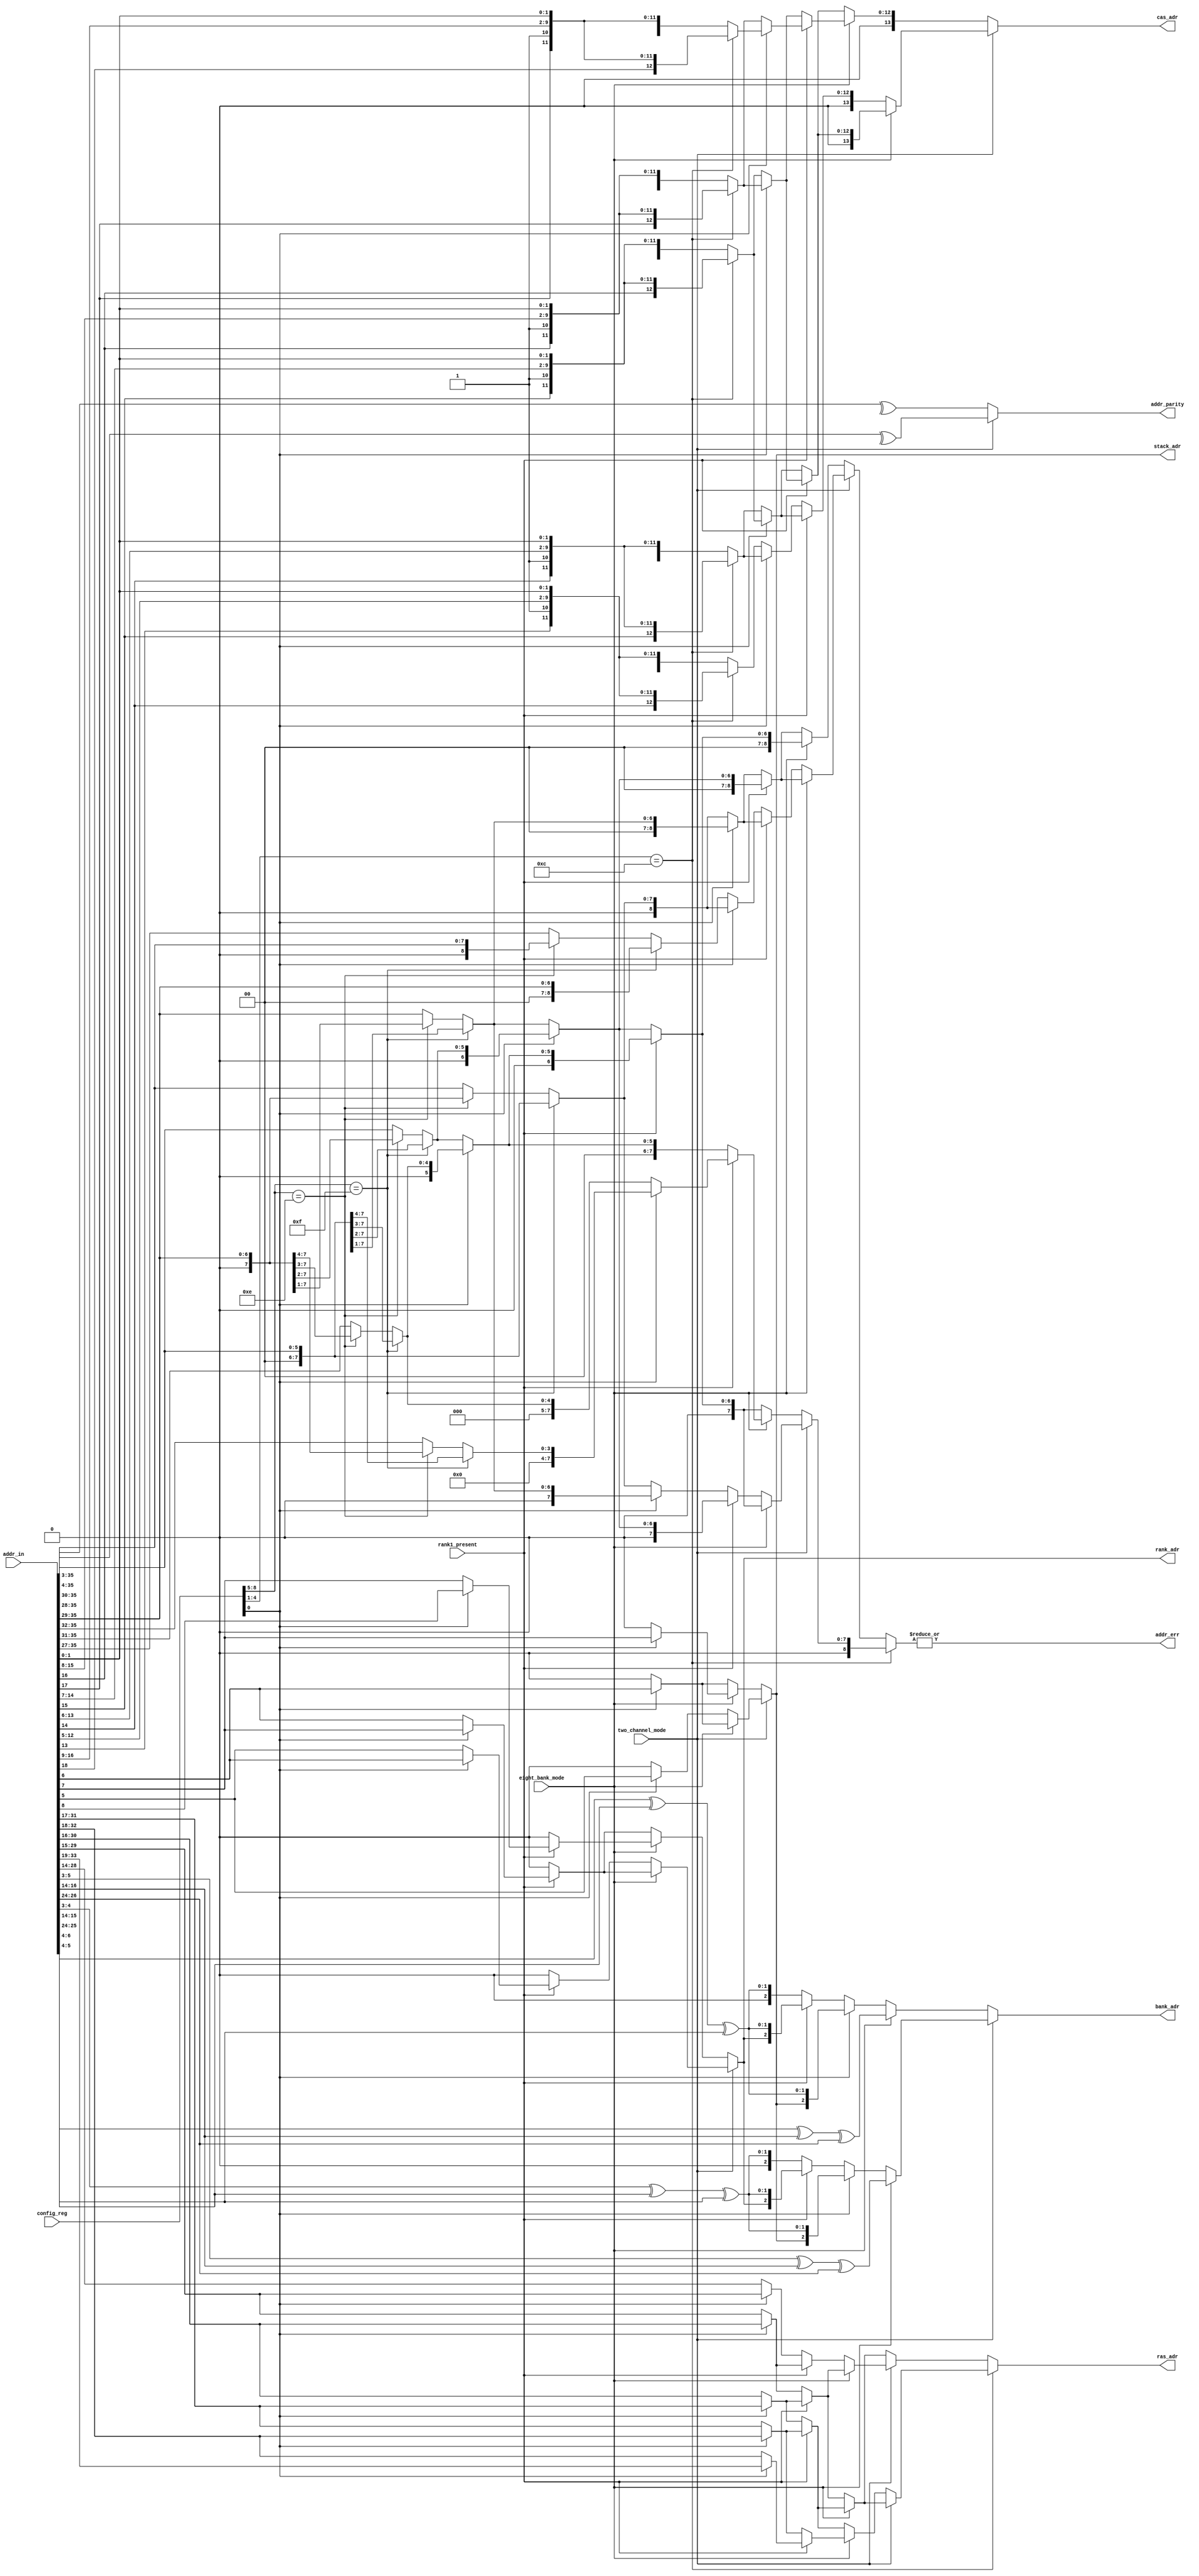
// ========== Copyright Header Begin ==========================================
// 
// OpenSPARC T1 Processor File: dram_addr_gen_lo.v
// Copyright (c) 2006 Sun Microsystems, Inc.  All Rights Reserved.
// DO NOT ALTER OR REMOVE COPYRIGHT NOTICES.
// 
// The above named program is free software; you can redistribute it and/or
// modify it under the terms of the GNU General Public
// License version 2 as published by the Free Software Foundation.
// 
// The above named program is distributed in the hope that it will be 
// useful, but WITHOUT ANY WARRANTY; without even the implied warranty of
// MERCHANTABILITY or FITNESS FOR A PARTICULAR PURPOSE.  See the GNU
// General Public License for more details.
// 
// You should have received a copy of the GNU General Public
// License along with this work; if not, write to the Free Software
// Foundation, Inc., 51 Franklin St, Fifth Floor, Boston, MA 02110-1301, USA.
// 
// ========== Copyright Header End ============================================
module dram_addr_gen_lo(/*AUTOARG*/
   // Outputs
   addr_err, rank_adr, stack_adr, bank_adr, ras_adr, cas_adr, addr_parity,
   // Inputs
   addr_in, config_reg, rank1_present, two_channel_mode, eight_bank_mode
   );

input [39:4]	addr_in;
input [8:0]	config_reg;
input		rank1_present;
input		eight_bank_mode;
input		two_channel_mode;

output		addr_parity;
output		addr_err;
output		rank_adr;
output		stack_adr;
output [2:0]	bank_adr;
output [14:0]	ras_adr;
output [13:0]	cas_adr;

//////////////////////////////////////////////////////////////////
// WIRE
//////////////////////////////////////////////////////////////////
wire [14:0]	ras_adr_cas12;
wire [14:0]	ras_adr_cas11;

//////////////////////////////////////////////////////////////////
// Mux the RAS address 
//////////////////////////////////////////////////////////////////
				
assign ras_adr_cas12[14:0] = two_channel_mode ? (
	eight_bank_mode ? (
		rank1_present ? (config_reg[0] ? addr_in[36:22] : addr_in[35:21]) : 
				(config_reg[0] ? addr_in[35:21] : addr_in[34:20])) :
	(rank1_present ? (config_reg[0] ? addr_in[35:21] : addr_in[34:20]) : 
				(config_reg[0] ? addr_in[34:20] : addr_in[33:19])) ) :
	(eight_bank_mode ? (
	rank1_present ? (config_reg[0] ? addr_in[37:23] : addr_in[36:22]) : 
				(config_reg[0] ? addr_in[36:22] : addr_in[35:21])) :
	rank1_present ? (config_reg[0] ? addr_in[36:22] : addr_in[35:21]) : 
				(config_reg[0] ? addr_in[35:21] : addr_in[34:20]));

assign ras_adr_cas11[14:0] = two_channel_mode ? (
	eight_bank_mode ? (
		rank1_present ? (config_reg[0] ? addr_in[35:21] : addr_in[34:20]) : 
				(config_reg[0] ? addr_in[34:20] : addr_in[33:19])) :
	(rank1_present ? (config_reg[0] ? addr_in[34:20] : addr_in[33:19]) : 
				(config_reg[0] ? addr_in[33:19] : addr_in[32:18])) ) :
	(eight_bank_mode ? (
	rank1_present ? (config_reg[0] ? addr_in[36:22] : addr_in[35:21]) : 
				(config_reg[0] ? addr_in[35:21] : addr_in[34:20])) :
	rank1_present ? (config_reg[0] ? addr_in[35:21] : addr_in[34:20]) : 
				(config_reg[0] ? addr_in[34:20] : addr_in[33:19]));

assign ras_adr[14:0] = (config_reg[4:1] == 4'hc) ? ras_adr_cas12[14:0] : ras_adr_cas11[14:0];

wire [7:0] upper_addr_cas12 = two_channel_mode? (
		eight_bank_mode ? (
			rank1_present ? (
				config_reg[0] ? (
					(config_reg[8:5] == 4'hf) ? {5'h0,addr_in[39:37]} :
					(config_reg[8:5] == 4'he) ? {4'h0,addr_in[39:36]} : {3'h0,addr_in[39:35]}) :
				(config_reg[8:5] == 4'hf) ? {4'h0,addr_in[39:36]} :
                                        (config_reg[8:5] == 4'he) ? {3'h0,addr_in[39:35]} : {2'h0,addr_in[39:34]}) :
			(config_reg[0] ? (
				(config_reg[8:5] == 4'hf) ? {4'h0,addr_in[39:36]} :
				(config_reg[8:5] == 4'he) ? {3'h0,addr_in[39:35]} : {2'h0,addr_in[39:34]}) :
			(config_reg[8:5] == 4'hf) ? {3'h0,addr_in[39:35]} :
                               	(config_reg[8:5] == 4'he) ? {2'h0,addr_in[39:34]} : {1'h0,addr_in[39:33]})) :
		(rank1_present ? (
			config_reg[0] ? (
				(config_reg[8:5] == 4'hf) ? {4'h0,addr_in[39:36]} :
				(config_reg[8:5] == 4'he) ? {3'h0,addr_in[39:35]} : {2'h0,addr_in[39:34]}) :
			(config_reg[8:5] == 4'hf) ? {3'h0,addr_in[39:35]} :
                                (config_reg[8:5] == 4'he) ? {2'h0,addr_in[39:34]} : {1'h0,addr_in[39:33]}) :
		(config_reg[0] ? (
			(config_reg[8:5] == 4'hf) ? {3'h0,addr_in[39:35]} :
			(config_reg[8:5] == 4'he) ? {2'h0,addr_in[39:34]} : {1'h0,addr_in[39:33]}) :
		(config_reg[8:5] == 4'hf) ? {2'h0,addr_in[39:34]} :
                       	(config_reg[8:5] == 4'he) ? {1'h0,addr_in[39:33]} : addr_in[39:32]))) :
	eight_bank_mode ? (
		rank1_present ? (
			config_reg[0] ? (
				(config_reg[8:5] == 4'hf) ? {6'h0,addr_in[39:38]} :
				(config_reg[8:5] == 4'he) ? {5'h0,addr_in[39:37]} : {4'h0,addr_in[39:36]}) :
			(config_reg[8:5] == 4'hf) ? {5'h0,addr_in[39:37]} :
                        	(config_reg[8:5] == 4'he) ? {4'h0,addr_in[39:36]} : {3'h0,addr_in[39:35]}) :
		(config_reg[0] ? (
			(config_reg[8:5] == 4'hf) ? {5'h0,addr_in[39:37]} :
			(config_reg[8:5] == 4'he) ? {4'h0,addr_in[39:36]} : {3'h0,addr_in[39:35]}) :
		(config_reg[8:5] == 4'hf) ? {4'h0,addr_in[39:36]} :
               		(config_reg[8:5] == 4'he) ? {3'h0,addr_in[39:35]} : {2'h0,addr_in[39:34]})) :
	(rank1_present ? (
		config_reg[0] ? (
			(config_reg[8:5] == 4'hf) ? {5'h0,addr_in[39:37]} :
			(config_reg[8:5] == 4'he) ? {4'h0,addr_in[39:36]} : {3'h0,addr_in[39:35]}) :
		(config_reg[8:5] == 4'hf) ? {4'h0,addr_in[39:36]} :
                        (config_reg[8:5] == 4'he) ? {3'h0,addr_in[39:35]} : {2'h0,addr_in[39:34]}) :
	(config_reg[0] ? (
		(config_reg[8:5] == 4'hf) ? {4'h0,addr_in[39:36]} :
		(config_reg[8:5] == 4'he) ? {3'h0,addr_in[39:35]} : {2'h0,addr_in[39:34]}) :
	(config_reg[8:5] == 4'hf) ? {3'h0,addr_in[39:35]} :
               	(config_reg[8:5] == 4'he) ? {2'h0,addr_in[39:34]} : {1'h0,addr_in[39:33]})) ;

wire [8:0] upper_addr_cas11 = two_channel_mode? (
		eight_bank_mode ? (
			rank1_present ? (
				config_reg[0] ? (
					(config_reg[8:5] == 4'hf) ? {5'h0,addr_in[39:36]} :
					(config_reg[8:5] == 4'he) ? {4'h0,addr_in[39:35]} : {3'h0,addr_in[39:34]}) :
				(config_reg[8:5] == 4'hf) ? {4'h0,addr_in[39:35]} :
                                        (config_reg[8:5] == 4'he) ? {3'h0,addr_in[39:34]} : {2'h0,addr_in[39:33]}) :
			(config_reg[0] ? (
				(config_reg[8:5] == 4'hf) ? {4'h0,addr_in[39:35]} :
				(config_reg[8:5] == 4'he) ? {3'h0,addr_in[39:34]} : {2'h0,addr_in[39:33]}) :
			(config_reg[8:5] == 4'hf) ? {3'h0,addr_in[39:34]} :
                               	(config_reg[8:5] == 4'he) ? {2'h0,addr_in[39:33]} : {1'h0,addr_in[39:32]})) :
		(rank1_present ? (
			config_reg[0] ? (
				(config_reg[8:5] == 4'hf) ? {4'h0,addr_in[39:35]} :
				(config_reg[8:5] == 4'he) ? {3'h0,addr_in[39:34]} : {2'h0,addr_in[39:33]}) :
			(config_reg[8:5] == 4'hf) ? {3'h0,addr_in[39:34]} :
                                (config_reg[8:5] == 4'he) ? {2'h0,addr_in[39:33]} : {1'h0,addr_in[39:32]}) :
		(config_reg[0] ? (
			(config_reg[8:5] == 4'hf) ? {3'h0,addr_in[39:34]} :
			(config_reg[8:5] == 4'he) ? {2'h0,addr_in[39:33]} : {1'h0,addr_in[39:32]}) :
		(config_reg[8:5] == 4'hf) ? {2'h0,addr_in[39:33]} :
                       	(config_reg[8:5] == 4'he) ? {1'h0,addr_in[39:32]} : addr_in[39:31]))) :
	eight_bank_mode ? (
		rank1_present ? (
			config_reg[0] ? (
				(config_reg[8:5] == 4'hf) ? {6'h0,addr_in[39:37]} :
				(config_reg[8:5] == 4'he) ? {5'h0,addr_in[39:36]} : {4'h0,addr_in[39:35]}) :
			(config_reg[8:5] == 4'hf) ? {5'h0,addr_in[39:36]} :
                        	(config_reg[8:5] == 4'he) ? {4'h0,addr_in[39:35]} : {3'h0,addr_in[39:34]}) :
		(config_reg[0] ? (
			(config_reg[8:5] == 4'hf) ? {5'h0,addr_in[39:36]} :
			(config_reg[8:5] == 4'he) ? {4'h0,addr_in[39:35]} : {3'h0,addr_in[39:34]}) :
		(config_reg[8:5] == 4'hf) ? {4'h0,addr_in[39:35]} :
               		(config_reg[8:5] == 4'he) ? {3'h0,addr_in[39:34]} : {2'h0,addr_in[39:33]})) :
	(rank1_present ? (
		config_reg[0] ? (
			(config_reg[8:5] == 4'hf) ? {5'h0,addr_in[39:36]} :
			(config_reg[8:5] == 4'he) ? {4'h0,addr_in[39:35]} : {3'h0,addr_in[39:34]}) :
		(config_reg[8:5] == 4'hf) ? {4'h0,addr_in[39:35]} :
                        (config_reg[8:5] == 4'he) ? {3'h0,addr_in[39:34]} : {2'h0,addr_in[39:33]}) :
	(config_reg[0] ? (
		(config_reg[8:5] == 4'hf) ? {4'h0,addr_in[39:35]} :
		(config_reg[8:5] == 4'he) ? {3'h0,addr_in[39:34]} : {2'h0,addr_in[39:33]}) :
	(config_reg[8:5] == 4'hf) ? {3'h0,addr_in[39:34]} :
               	(config_reg[8:5] == 4'he) ? {2'h0,addr_in[39:33]} : {1'h0,addr_in[39:32]})) ;

wire [8:0] upper_addr = (config_reg[4:1] == 4'hc) ? {1'b0, upper_addr_cas12} : upper_addr_cas11;

wire addr_err = |upper_addr[8:0];

//////////////////////////////////////////////////////////////////
// Mux the CAS address 
//////////////////////////////////////////////////////////////////

assign cas_adr[13:0] = two_channel_mode ? (
	(eight_bank_mode) ? ( 
		(rank1_present) ? ( 
			(config_reg[0]) ? ( 
				(config_reg[4:1] == 4'hc) ? 
				{1'h0,addr_in[21:20],1'b1,addr_in[19:12],addr_in[5:4]} : 
				{2'h0,addr_in[20],1'b1,addr_in[19:12],addr_in[5:4]}) : 
        		((config_reg[4:1] == 4'hc) ? 
				{1'h0,addr_in[20:19],1'b1,addr_in[18:11],addr_in[5:4]} : 
				{2'h0,addr_in[19],1'b1,addr_in[18:11],addr_in[5:4]}) ) :
		(config_reg[0]) ? ( 
			(config_reg[4:1] == 4'hc) ? 
			{1'h0,addr_in[20:19],1'b1,addr_in[18:11],addr_in[5:4]} : 
			{2'h0,addr_in[19],1'b1,addr_in[18:11],addr_in[5:4]}) : 
        	((config_reg[4:1] == 4'hc) ? 
			{1'h0,addr_in[19:18],1'b1,addr_in[17:10],addr_in[5:4]} : 
			{2'h0,addr_in[18],1'b1,addr_in[17:10],addr_in[5:4]}) ) :
	((rank1_present) ? ( 
		(config_reg[0]) ? ( 
			(config_reg[4:1] == 4'hc) ? 
			{1'h0,addr_in[20:19],1'b1,addr_in[18:11],addr_in[5:4]} : 
			{2'h0,addr_in[19],1'b1,addr_in[18:11],addr_in[5:4]})  :
        	((config_reg[4:1] == 4'hc) ? 
			{1'h0,addr_in[19:18],1'b1,addr_in[17:10],addr_in[5:4]} : 
			{2'h0,addr_in[18],1'b1,addr_in[17:10],addr_in[5:4]}) ) :
	(config_reg[0]) ? ( 
		(config_reg[4:1] == 4'hc) ? 
		{1'h0,addr_in[19:18],1'b1,addr_in[17:10],addr_in[5:4]} : 
		{2'h0,addr_in[18],1'b1,addr_in[17:10],addr_in[5:4]}) :
        ((config_reg[4:1] == 4'hc) ? 
		{1'h0,addr_in[18:17],1'b1,addr_in[16:9],addr_in[5:4]} : 
		{2'h0,addr_in[17],1'b1,addr_in[16:9],addr_in[5:4]})) ) :
	((eight_bank_mode) ? ( 
		(rank1_present) ? ( 
			(config_reg[0]) ? ( 
				(config_reg[4:1] == 4'hc) ? 
				{1'h0,addr_in[22:21],1'b1,addr_in[20:13],addr_in[5:4]} : 
				{2'h0,addr_in[21],1'b1,addr_in[20:13],addr_in[5:4]}) : 
        		((config_reg[4:1] == 4'hc) ? 
				{1'h0,addr_in[21:20],1'b1,addr_in[19:12],addr_in[5:4]} : 
				{2'h0,addr_in[20],1'b1,addr_in[19:12],addr_in[5:4]}) ) : 
		(config_reg[0]) ? ( 
			(config_reg[4:1] == 4'hc) ? 
			{1'h0,addr_in[21:20],1'b1,addr_in[19:12],addr_in[5:4]} : 
			{2'h0,addr_in[20],1'b1,addr_in[19:12],addr_in[5:4]}) : 
        	((config_reg[4:1] == 4'hc) ? 
			{1'h0,addr_in[20:19],1'b1,addr_in[18:11],addr_in[5:4]} : 
			{2'h0,addr_in[19],1'b1,addr_in[18:11],addr_in[5:4]}) ) : 
	((rank1_present) ? ( 
		(config_reg[0]) ? ( 
			(config_reg[4:1] == 4'hc) ? 
			{1'h0,addr_in[21:20],1'b1,addr_in[19:12],addr_in[5:4]} : 
			{2'h0,addr_in[20],1'b1,addr_in[19:12],addr_in[5:4]}) : 
        	((config_reg[4:1] == 4'hc) ? 
			{1'h0,addr_in[20:19],1'b1,addr_in[18:11],addr_in[5:4]} : 
			{2'h0,addr_in[19],1'b1,addr_in[18:11],addr_in[5:4]}) ) :
	(config_reg[0]) ? ( 
		(config_reg[4:1] == 4'hc) ? 
		{1'h0,addr_in[20:19],1'b1,addr_in[18:11],addr_in[5:4]} : 
		{2'h0,addr_in[19],1'b1,addr_in[18:11],addr_in[5:4]})  :
        ((config_reg[4:1] == 4'hc) ? 
		{1'h0,addr_in[19:18],1'b1,addr_in[17:10],addr_in[5:4]} : 
		{2'h0,addr_in[18],1'b1,addr_in[17:10],addr_in[5:4]})) ); 


wire rank_adr = two_channel_mode ? (
		eight_bank_mode ? (
			rank1_present ? (config_reg[0] ? addr_in[11] : addr_in[10]) : 1'b0) : 
			rank1_present ? (config_reg[0] ? addr_in[10] : addr_in[9]) : 1'b0) :
		(eight_bank_mode ? (
			rank1_present ? (config_reg[0] ? addr_in[12] : addr_in[11]) : 1'b0) : 
			rank1_present ? (config_reg[0] ? addr_in[11] : addr_in[10]) : 1'b0 ); 

assign stack_adr = two_channel_mode ? (
		eight_bank_mode ? (config_reg[0] ? addr_in[10] : 1'b0) : 
			config_reg[0] ? addr_in[9] : 1'b0) :
		(eight_bank_mode ? (config_reg[0] ? addr_in[11] : 1'b0) : 
			config_reg[0] ? addr_in[10] : 1'b0); 

assign bank_adr[2:0] = two_channel_mode ? (
			eight_bank_mode ? addr_in[9:7] ^ addr_in[20:18] ^ addr_in[30:28] :
                        config_reg[0] ? { stack_adr, addr_in[8:7] ^ addr_in[19:18] ^ addr_in[29:28] } :
                                rank1_present ? {rank_adr, addr_in[8:7] ^ addr_in[19:18] ^ addr_in[29:28] } :
                                {1'b0, addr_in[8:7] ^ addr_in[19:18] ^ addr_in[29:28] }) :
                        (eight_bank_mode ? addr_in[10:8] ^ addr_in[20:18] ^ addr_in[30:28] :
                                config_reg[0] ? { stack_adr, addr_in[9:8] ^ addr_in[19:18] ^ addr_in[29:28]} :
                                rank1_present ? {rank_adr, addr_in[9:8] ^ addr_in[19:18] ^ addr_in[29:28] } :
                                {1'b0, addr_in[9:8] ^ addr_in[19:18] ^ addr_in[29:28] });

wire addr_parity = two_channel_mode ? ^(addr_in[39:7]) : ^(addr_in[39:8]);

endmodule

// Local Variables:
// verilog-library-directories:("." "../../../common/rtl")
// End: